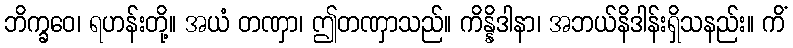
ဘိက္ခဝေ၊ ရဟန်းတို့။ အယံ တဏှာ၊ ဤတဏှာသည်။ ကိန္နိဒါနာ၊ အဘယ်နိဒါန်းရှိသနည်း။ ကိံ